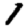
Digit: 1